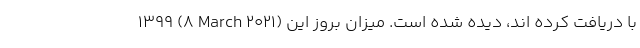
1399 (8 March 2021) با دریافت کرده اند، دیده شده است. میزان بروز این